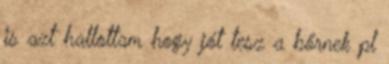
is azt hallottam hogy jót tesz a bőrnek pl